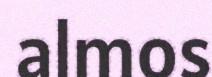
almos